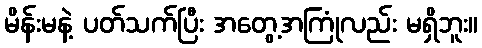
မိန်းမနဲ့ ပတ်သက်ပြီး အတွေ့အကြုံလည်း မရှိဘူး။